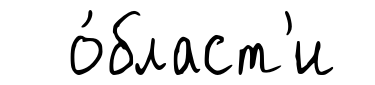
о́бласт'и